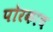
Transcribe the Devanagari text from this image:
पोरकाच